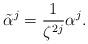
LaTeX: \begin{align*}\tilde{\alpha}^j=\frac{1}{\zeta^{2j}}\alpha^j.\end{align*}